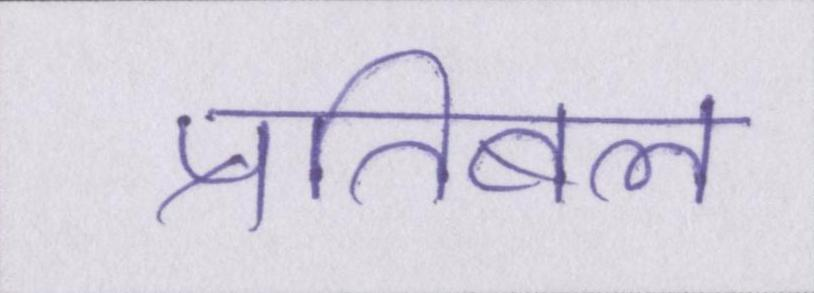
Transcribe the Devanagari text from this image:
प्रतिबल